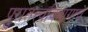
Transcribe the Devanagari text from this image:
पुरातत्त्वविभागाचे